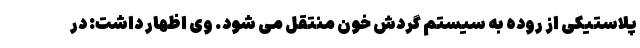
پلاستیکی از روده به سیستم گردش خون منتقل می شود. وی اظهار داشت: در